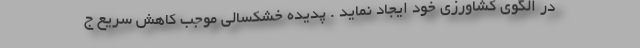
در الگوی کشاورزی خود ایجاد نماید . پدیده خشکسالی موجب کاهش سریع ج